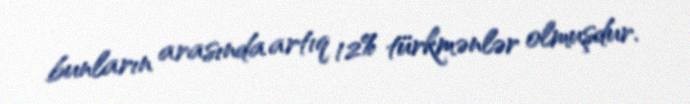
bunların arasında artıq 12% türkmənlər olmuşdur.